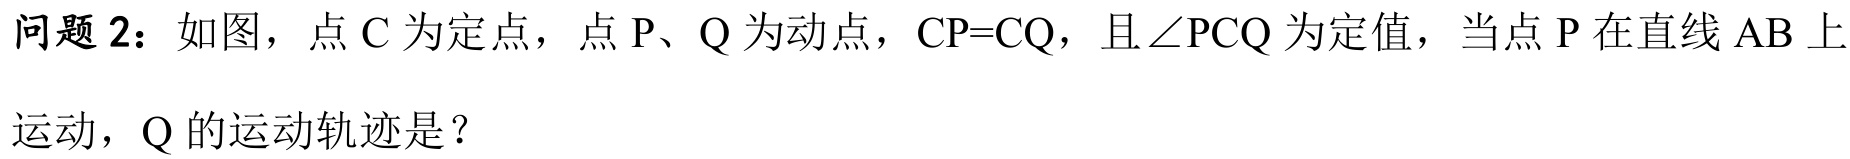
问题2：如图，点C为定点，点P、Q为动点，CP = CQ，且\(\angle PCQ\)为定值，当点P在直线AB上运动，Q的运动轨迹是？